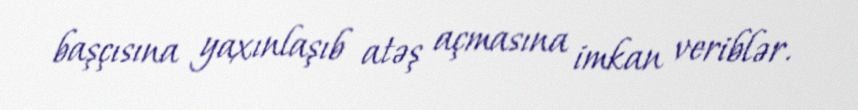
başçısına yaxınlaşıb atəş açmasına imkan veriblər.